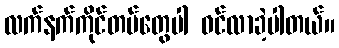
လက်နက်ကိုင်တပ်တွေပါ ဝင်လာခဲ့ပါတယ်။